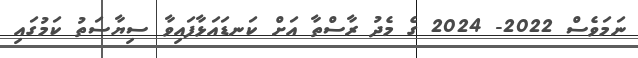
ނަމަވެސް 2022- 2024 ގެ މެދު ރާސްތާ އަށް ކަނޑައަޅާފައިވާ ސިޔާސަތު ކަމުގައި